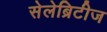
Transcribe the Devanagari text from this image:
सेलेब्रिटीज